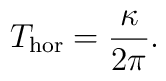
T_{\rm hor}=\frac{\kappa}{2\pi}.